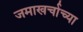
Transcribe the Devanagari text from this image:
जमाखर्चाच्या